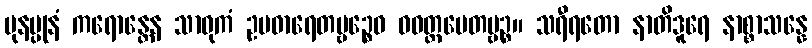
ပုနပ္ပုနံ ကရောန္တေန သာဓုကံ ဥပဓာရေတဗ္ဗဉ္စေဝ ဝဝတ္ထပေတဗ္ဗဉ္စ။ သရီရတော နာတိဒူရေ နာစ္စာသန္နေ